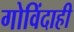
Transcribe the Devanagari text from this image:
गोविंदाही